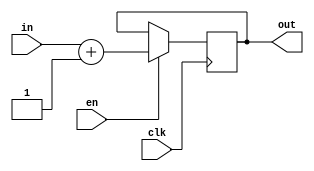
`timescale 1ns / 1ps

// this does the test

module rw_test_do(clk,in,out,en);

input clk,en;
input [5:0] in;
output reg [5:0] out;

reg [5:0] tmp;

always @ (posedge clk) begin
    if(en) begin
    tmp = in;
    out = tmp+1; end
end
endmodule